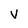
Character: V